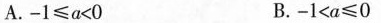
A.$$- 1 ≤ a < 0$$ B.$$- 1 < a ≤ 0$$